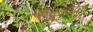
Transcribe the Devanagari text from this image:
वेलुत्दार